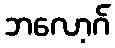
ဘလော့ဂ်